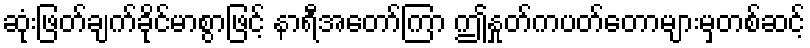
ဆုံးဖြတ်ချက်ခိုင်မာစွာဖြင့် နာရီအတော်ကြာ ဤနှုတ်ကပတ်တောများမှတစ်ဆင့်